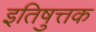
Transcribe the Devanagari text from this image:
इतिषुत्तक